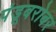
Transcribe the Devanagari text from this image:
पंडूबरोबर